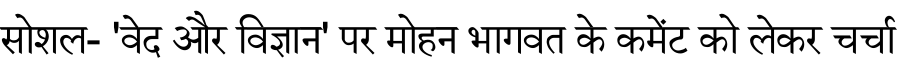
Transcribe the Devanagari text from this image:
सोशल- 'वेद और विज्ञान' पर मोहन भागवत के कमेंट को लेकर चर्चा